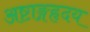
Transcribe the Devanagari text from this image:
अष्टाङ्गहृदय